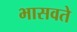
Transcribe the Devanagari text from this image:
भासवते